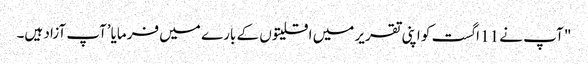
" آپ نے 11 اگست کو اپنی تقریر میں اقلیتوں کے بارے میں فرمایا’آپ آزاد ہیں۔